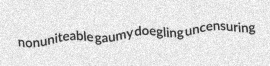
nonuniteable gaumy doegling uncensuring